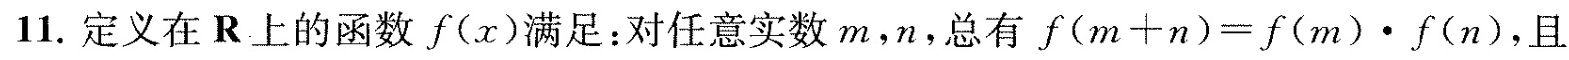
11.定义在R上的函数f(x)满足：对任意实数m，n，总有$$f ( m + n ) = f ( m ) \cdot f ( n )$$，且